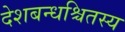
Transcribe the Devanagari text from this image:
देशबन्धश्चितस्य